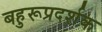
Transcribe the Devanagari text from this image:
बहुरूप्रदर्शक